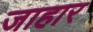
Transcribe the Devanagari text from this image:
जाहार